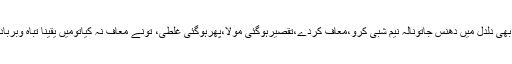
جب،جب بھی دلدل میں دھنس جاتونالہ نیم شبی کرو،معاف کردے،تقصیرہوگئی مولا،پھرہوگئی غلطی، تونے معاف نہ کیاتومیں یقینا تباہ وبربادہوجاں گا۔